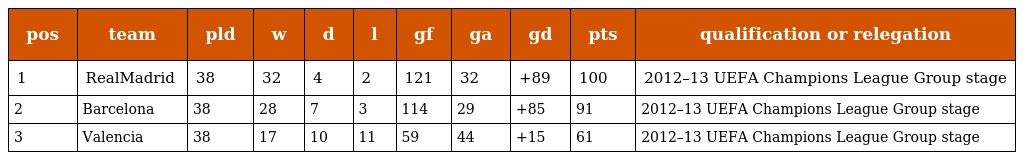
| pos | team | pld | w | d | l | gf | ga | gd | pts | qualification or relegation |
 | --- | --- | --- | --- | --- | --- | --- | --- | --- | --- | --- |
 | 1 | RealMadrid | 38 | 32 | 4 | 2 | 121 | 32 | +89 | 100 | 2012–13 UEFA Champions League Group stage |
 | 2 | Barcelona | 38 | 28 | 7 | 3 | 114 | 29 | +85 | 91 | 2012–13 UEFA Champions League Group stage |
 | 3 | Valencia | 38 | 17 | 10 | 11 | 59 | 44 | +15 | 61 | 2012–13 UEFA Champions League Group stage |